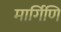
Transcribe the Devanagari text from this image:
मार्गिणि